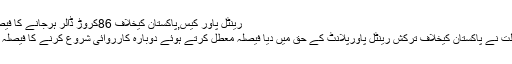
رینٹل پاور کیس,پاکستان کیخلاف 86کروڑ ڈالر ہرجانے کا فیصلہ معطل
عالمی عدالت نے پاکستان کیخلاف ترکش رینٹل پاورپلانٹ کے حق میں دیا فیصلہ معطل کرتے ہوئے دوبارہ کارروائی شروع کرنے کا فیصلہ کرلیا ہے۔